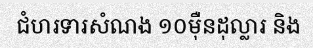
ជំហរទារសំណង ១០ម៉ឺនដុល្លារ និង